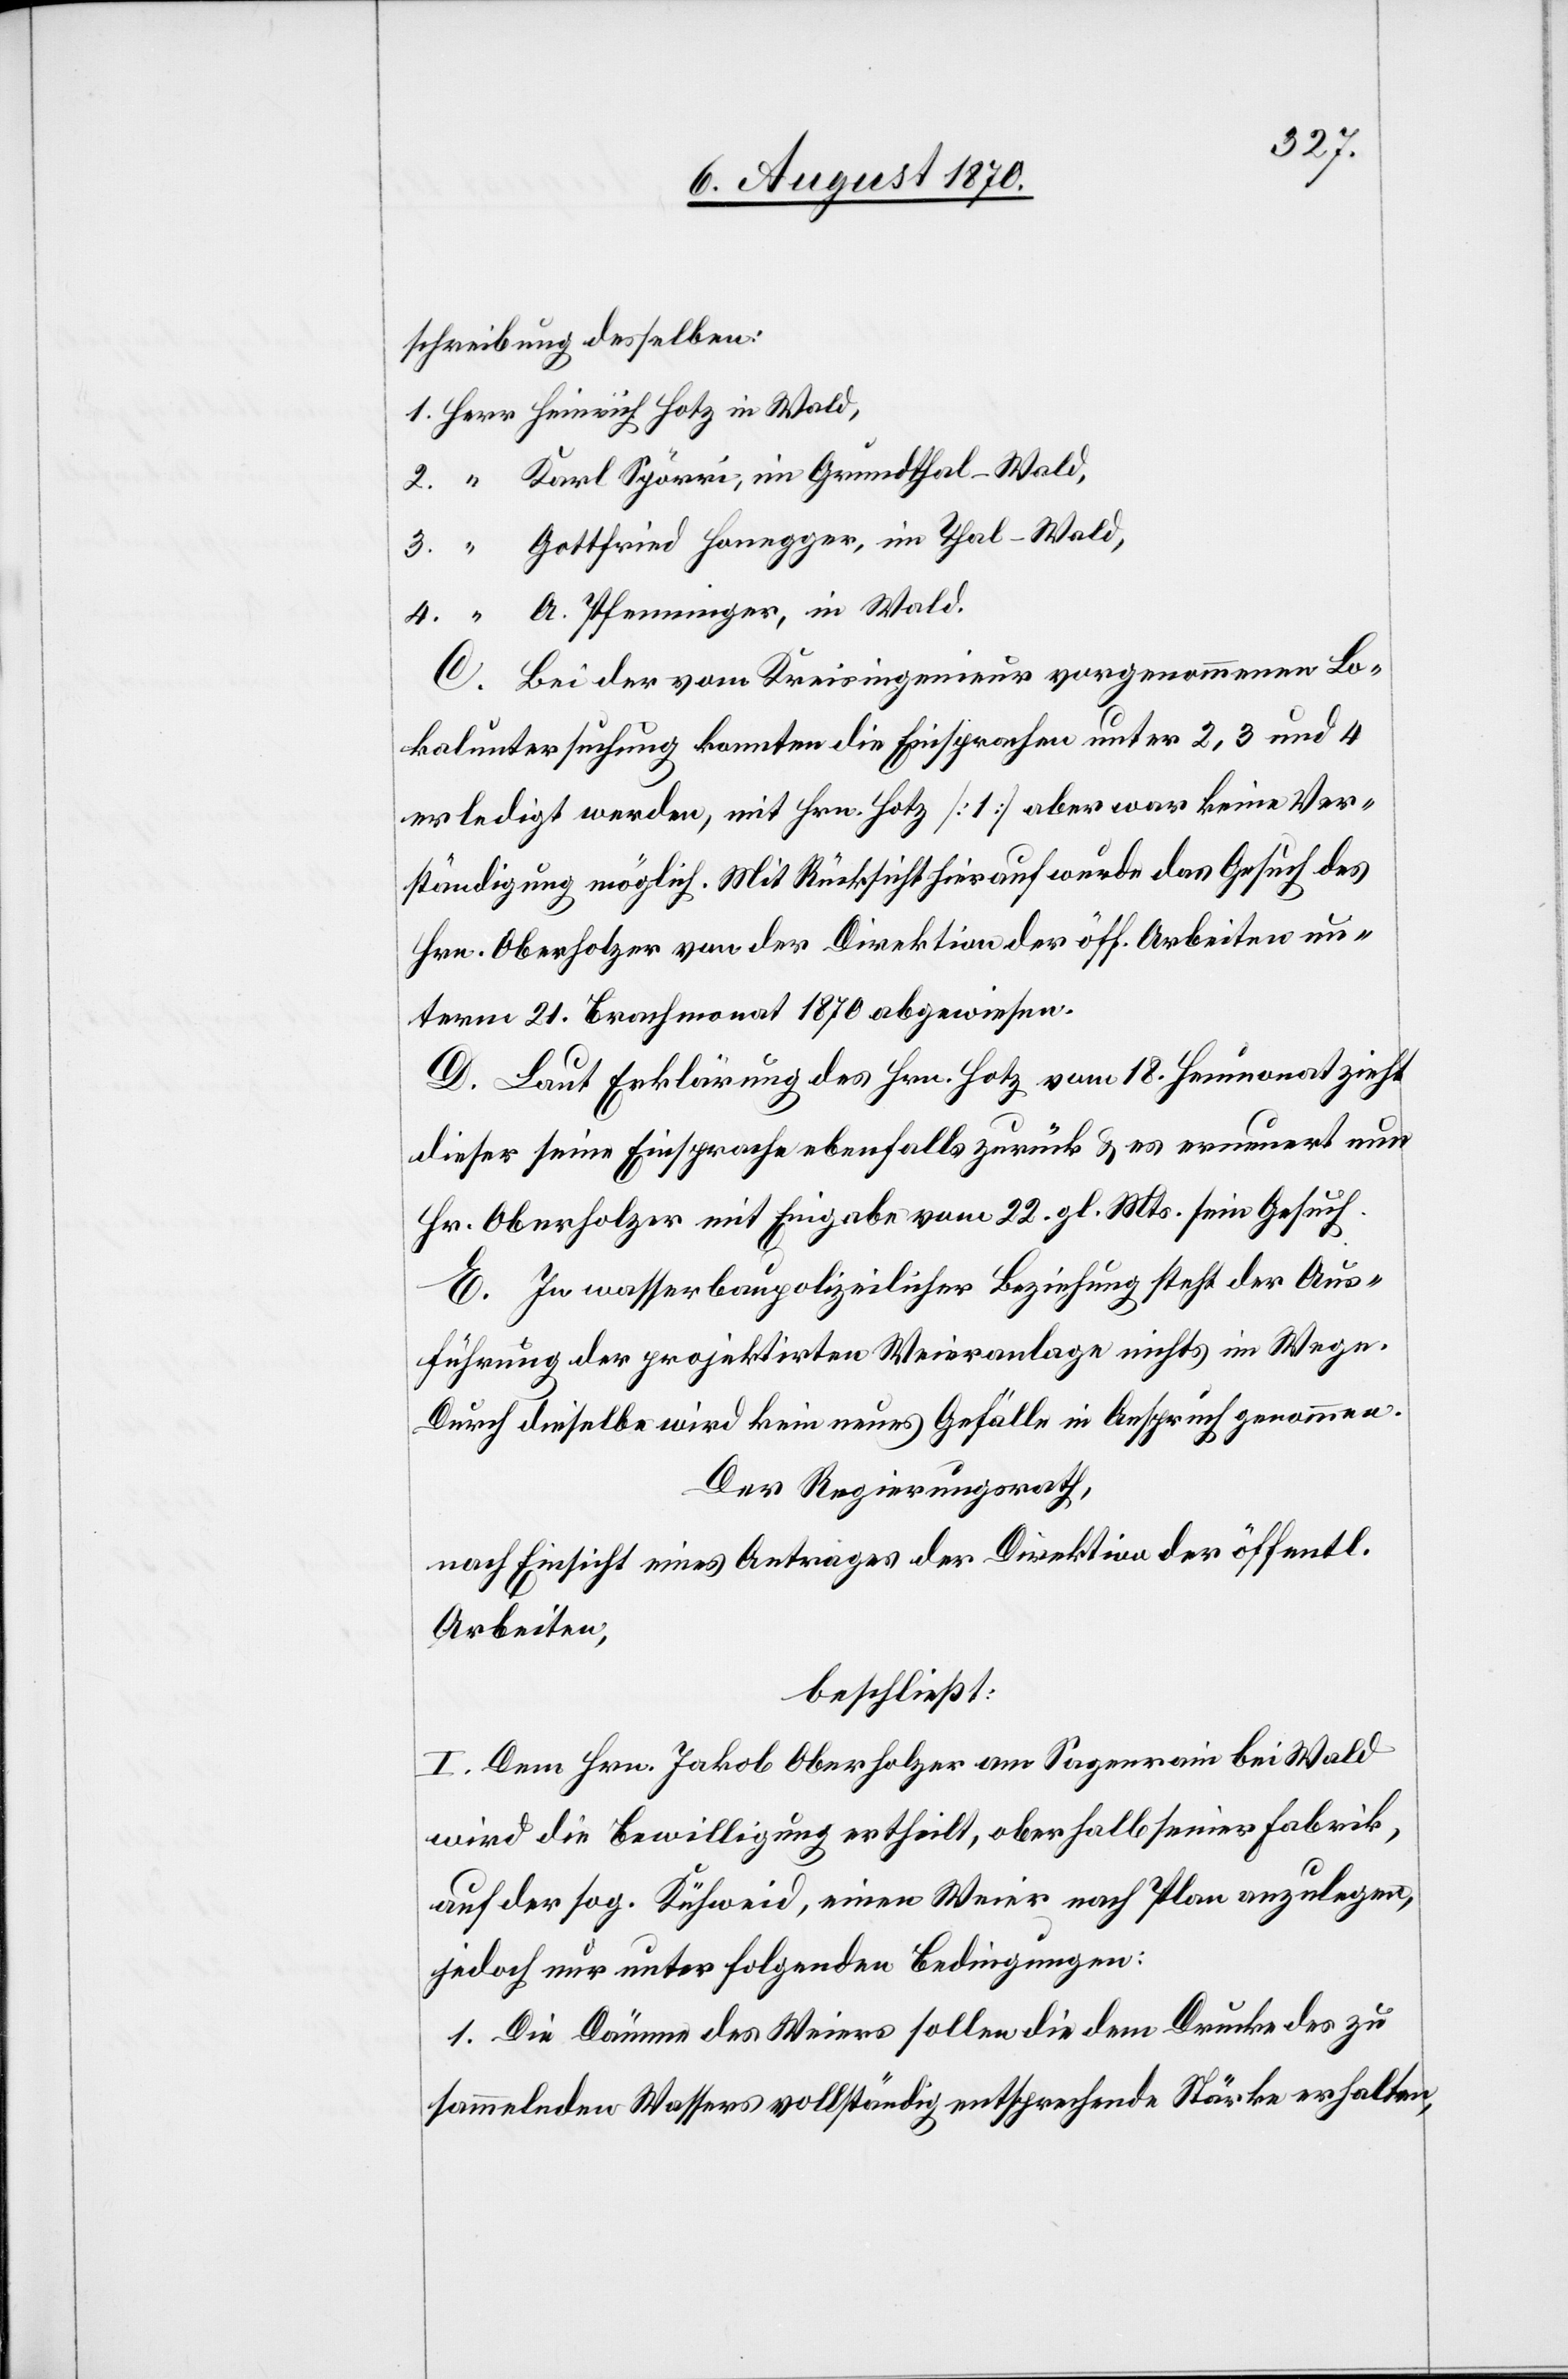
schreibung desselben
Gottfried Honegger, im Thal - Wald,
A. Pfenninger, in Wald.
C. Bei der vom Kreisingenieur vorgenommenen Lo¬
kaluntersuchung konnten die Einsprachen unter 2, 3 und 4
erledigt werden, mit Hrn. Hotz [1] aber war keine Ver¬
ständigung möglich. Mit Rücksicht hierauf wurde das Gesuch des
Hrn. Oberholzer von der Direktion der öff. Arbeiten un¬
term 21. Brachmonat 1870 abgewiesen.
D. Laut Erklärung des Hrn. Hotz vom 18. Brachmonat zieht
dieser seine Einsprache ebenfalls zurück & es erneuert nun
Hr. Oberholzer mit Eingabe vom 22. gl. Mts. sein Gesuch.
E. In wasserbaupolizeilicher Beziehung steht der Aus¬
führung der projektirten Weieranlage nichts im Wege.
Durch dieselbe wird kein neues Gefälle in Anspruch genommen.
Der Regierungsrath,
nach Einsicht eines Antrages der Direktion der öffentl.
Arbeiten,
beschließt:
I. Dem Hrn. Jakob Oberholzer am Sagenrain bei Wald
wird die Bewilligung ertheilt, oberhalb seiner Fabrik
auf der sog. Kühweid, einen Weier nach Plan anzulegen,
jedoch nur unter folgenden Bedingungen:
1. Die Dämme des Weiers sollen die dem Drucke des zu
sammelnden Wassers vollständig entsprechende Stärke erhalten,